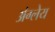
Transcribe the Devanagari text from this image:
अंग्लेय